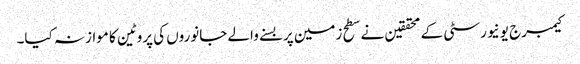
کیمبرج یونیورسٹی کے محققین نے سطح زمین پر بسنے والے جانوروں کی پروٹین کا موازنہ کیا۔